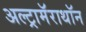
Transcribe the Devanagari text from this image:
अल्ट्रामॅराथॉन